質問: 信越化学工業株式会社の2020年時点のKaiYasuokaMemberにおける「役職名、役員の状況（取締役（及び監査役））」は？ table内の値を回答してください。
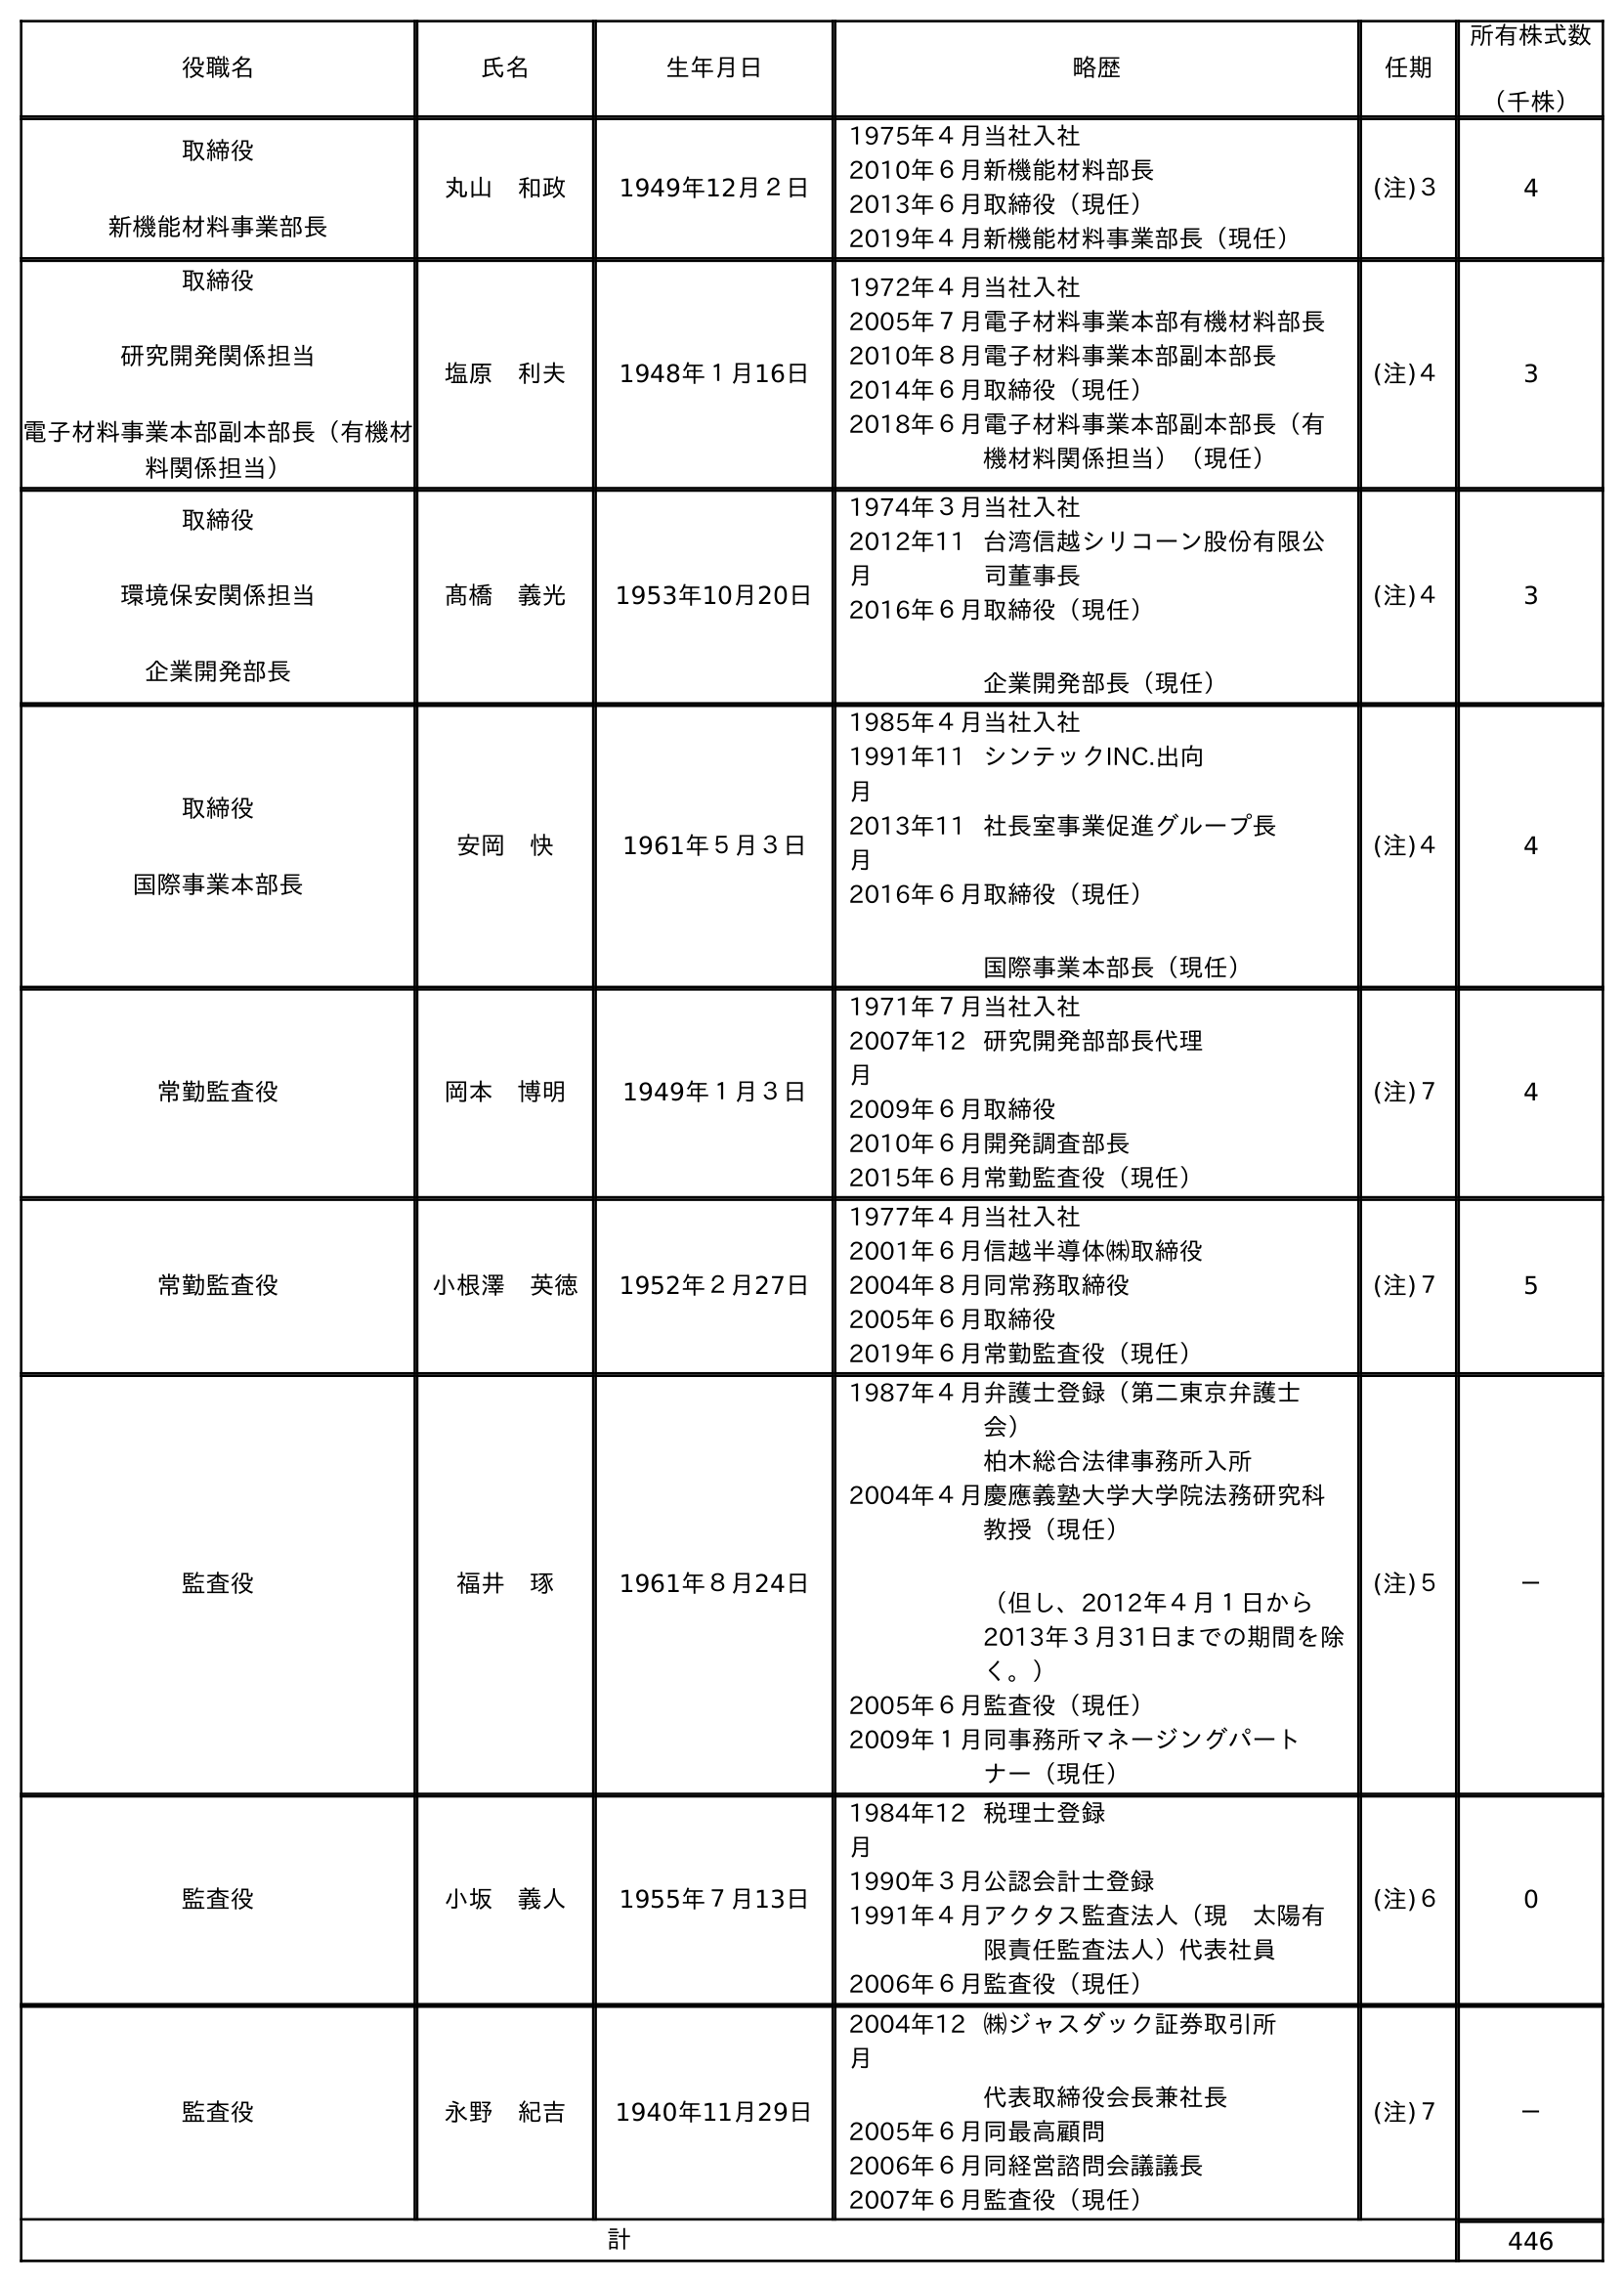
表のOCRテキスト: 役職名 氏名 生年月日 略歴 任期 所有株式数 （千株） 取締役 新機能材料事業部長 丸山 和政 1949年12月２日 1975年４月当社入社 2010年６月新機能材料部長 2013年６月取締役（現任） 2019年４月新機能材料事業部長（現任） (注)３ 4 取締役 研究開発関係担当 電子材料事業本部副本部長（有機材 料関係担当） 塩原 利夫 1948年１月16日 1972年４月当社入社 2005年７月電子材料事業本部有機材料部長 2010年８月電子材料事業本部副本部長 2014年６月取締役（現任） 2018年６月電子材料事業本部副本部長（有 機材料関係担当）（現任） (注)４ 3 取締役 環境保安関係担当 企業開発部長 髙橋 義光 1953年10月20日 1974年３月当社入社 2012年11 月 台湾信越シリコーン股份有限公 司董事長 2016年６月取締役（現任） 企業開発部長（現任） (注)４ 3 取締役 国際事業本部長 安岡 快 1961年５月３日 1985年４月当社入社 1991年11 月 シンテックINC.出向 2013年11 月 社長室事業促進グループ長 2016年６月取締役（現任） 国際事業本部長（現任） (注)４ 4 常勤監査役 岡本 博明 1949年１月３日 1971年７月当社入社 2007年12 月 研究開発部部長代理 2009年６月取締役 2010年６月開発調査部長 2015年６月常勤監査役（現任） (注)７ 4 常勤監査役 小根澤 英徳 1952年２月27日 1977年４月当社入社 2001年６月信越半導体㈱取締役 2004年８月同常務取締役 2005年６月取締役 2019年６月常勤監査役（現任） (注)７ 5 監査役 福井 琢 1961年８月24日 1987年４月弁護士登録（第二東京弁護士 会） 柏木総合法律事務所入所 2004年４月慶應義塾大学大学院法務研究科 教授（現任） （但し、2012年４月１日から 2013年３月31日までの期間を除 く。） 2005年６月監査役（現任） 2009年１月同事務所マネージングパート ナー（現任） (注)５ － 監査役 小坂 義人 1955年７月13日 1984年12 月 税理士登録 1990年３月公認会計士登録 1991年４月アクタス監査法人（現 太陽有 限責任監査法人）代表社員 2006年６月監査役（現任） (注)６ 0 監査役 永野 紀吉 1940年11月29日 2004年12 月 ㈱ジャスダック証券取引所 代表取締役会長兼社長 2005年６月同最高顧問 2006年６月同経営諮問会議議長 2007年６月監査役（現任） (注)７ － 計 446
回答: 取締役国際事業本部長